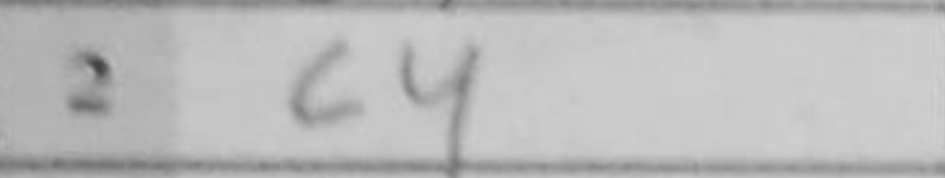
Transcription: c4